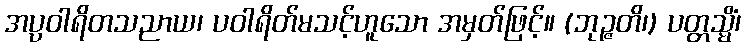
အပ္ပဝါရိတသညာယ၊ ပဝါရိတ်မသင့်ဟူသော အမှတ်ဖြင့်။ (ဘုဉ္ဇတိ၊) ပတ္တသ္မိံ၊